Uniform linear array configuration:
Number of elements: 48
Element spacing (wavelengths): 0.25
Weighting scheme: hamming
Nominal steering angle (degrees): -60
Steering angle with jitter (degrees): -59.2
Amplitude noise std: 0.05
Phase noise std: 0.05

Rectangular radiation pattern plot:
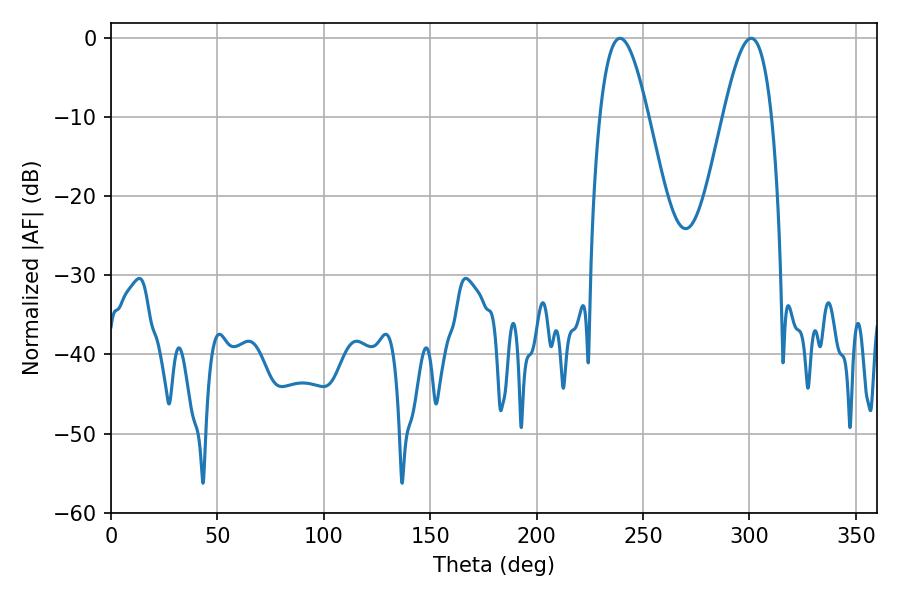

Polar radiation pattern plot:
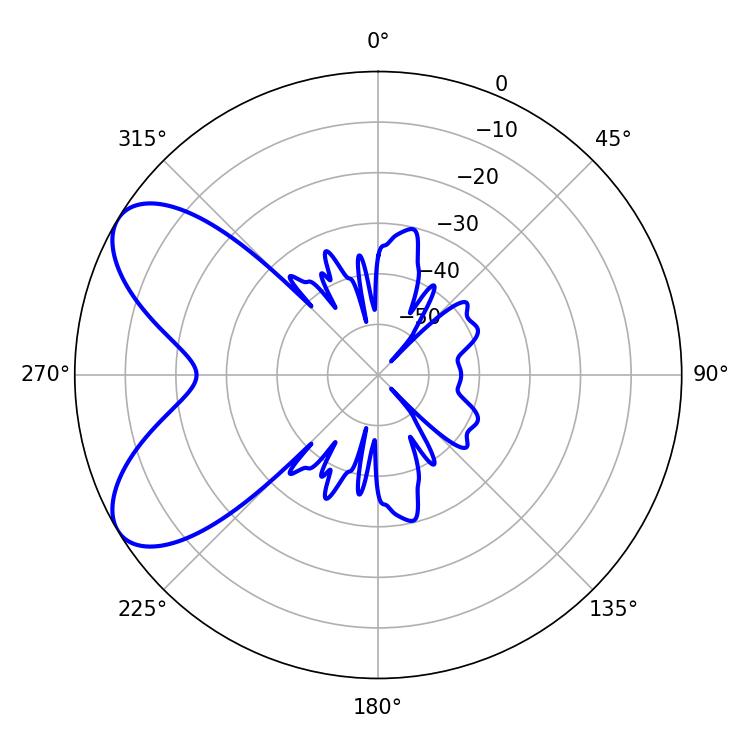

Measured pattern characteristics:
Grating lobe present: FALSE
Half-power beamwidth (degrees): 12.24
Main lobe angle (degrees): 239.22